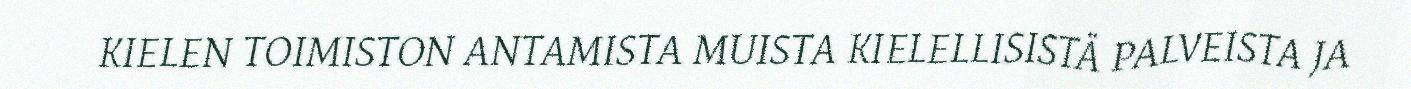
KIELEN TOIMISTON ANTAMISTA MUISTA KIELELLISISTÄ PALVEISTA JA